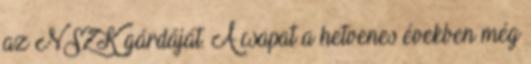
az NSZK gárdáját. A csapat a hetvenes években még